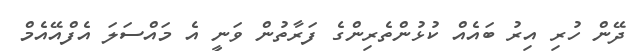
ދޭން ހުރި އިރު ބައެއް ކުޅުންތެރިންގެ ފަރާތުން ވަނީ އެ މައްސަލަ އެފްއޭއެމް